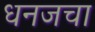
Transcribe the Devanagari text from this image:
धनजचा